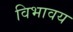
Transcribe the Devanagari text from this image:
विभावय